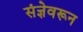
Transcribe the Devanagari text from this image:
संज्ञेवरून